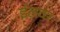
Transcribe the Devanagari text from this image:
ईलवर